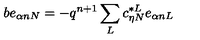
b e _ { \alpha n N } = - q ^ { n + 1 } \sum _ { L } c _ { \eta N } ^ { * L } e _ { \alpha n L }